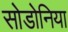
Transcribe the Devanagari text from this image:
सोडोनिया